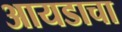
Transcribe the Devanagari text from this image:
आयडाचा